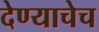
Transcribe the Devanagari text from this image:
देण्याचेच